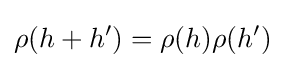
\rho (h+h')=\rho (h)\rho (h')